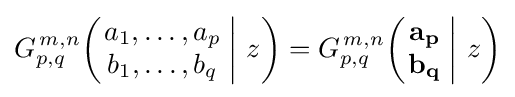
G_{p,q}^{\,m,n}\!\left(\left.{\begin{matrix}a_{1},\dots ,a_{p}\\b_{1},\dots ,b_{q}\end{matrix}}\;\right|\,z\right)=G_{p,q}^{\,m,n}\!\left(\left.{\begin{matrix}\mathbf {a_{p}} \\\mathbf {b_{q}} \end{matrix}}\;\right|\,z\right)